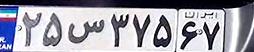
۲۵س۳۷۵۶۷